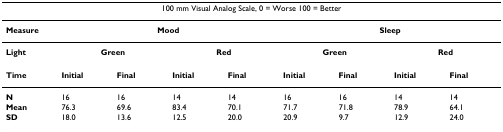
<table><thead><tr><td colspan="9"><b>100 mm Visual Analog Scale, 0 = Worse 100 = Better</b></td></tr></thead><tbody><tr><td><b>Measure</b></td><td colspan="4"><b>Mood</b></td><td colspan="4"><b>Sleep</b></td></tr><tr><td><b>Light</b></td><td colspan="2"><b>Green</b></td><td colspan="2"><b>Red</b></td><td colspan="2"><b>Green</b></td><td colspan="2"><b>Red</b></td></tr><tr><td><b>Time</b></td><td><b>Initial</b></td><td><b>Final</b></td><td><b>Initial</b></td><td><b>Final</b></td><td><b>Initial</b></td><td><b>Final</b></td><td><b>Initial</b></td><td><b>Final</b></td></tr><tr><td><b>N</b></td><td>16</td><td>16</td><td>14</td><td>14</td><td>16</td><td>16</td><td>14</td><td>14</td></tr><tr><td><b>Mean</b></td><td>76.3</td><td>69.6</td><td>83.4</td><td>70.1</td><td>71.7</td><td>71.8</td><td>78.9</td><td>64.1</td></tr><tr><td><b>SD</b></td><td>18.0</td><td>13.6</td><td>12.5</td><td>20.0</td><td>20.9</td><td>9.7</td><td>12.9</td><td>24.0</td></tr></tbody></table>